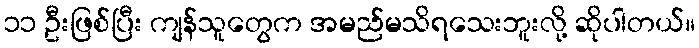
၁၁ ဦးဖြစ်ပြီး ကျန်သူတွေက အမည်မသိရသေးဘူးလို့ ဆိုပါတယ်။